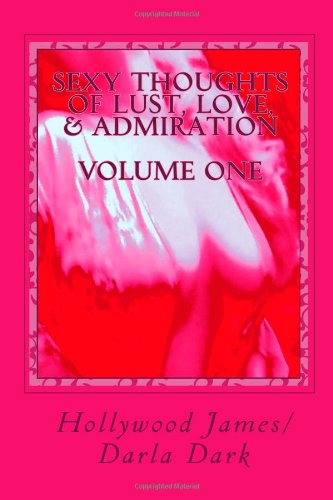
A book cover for SEXY THOUGHTS of Lust, Love, & Admiration - VOLUME ONE: A Book of Erotic Poetry; Hollywood James; Romance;